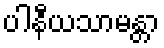
ပါနီယသာမန္တာ